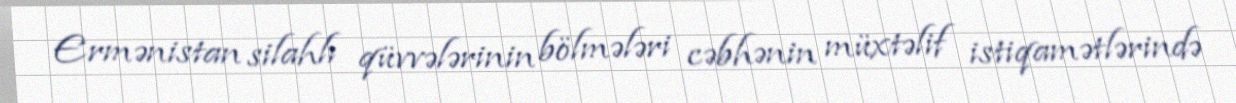
Ermənistan silahlı qüvvələrinin bölmələri cəbhənin müxtəlif istiqamətlərində